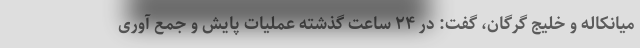
میانکاله و خلیج گرگان، گفت: در ۲۴ ساعت گذشته عملیات پایش و جمع آوری